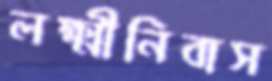
লক্ষ্মীনিবাস